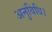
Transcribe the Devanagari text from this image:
अनुविधि।